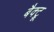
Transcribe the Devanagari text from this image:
बैक्ट्रू